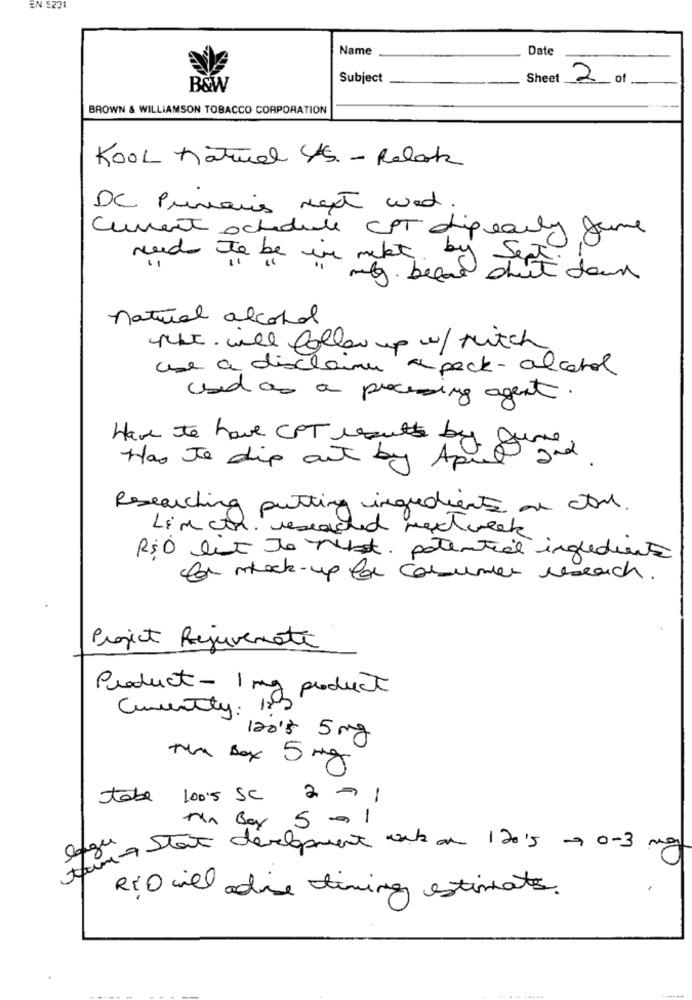
EN 5231
Name
Date
Subject
Sheet
2 of
B&W
BROWN & WILLIAMSON TOBACCO CORPORATION
Kool natural U.S. - Relak
DC Primaires napt wed.
Current schedule CPT dipearly fume
need to be in meket by Sent
mg. belas shut down
natural alcohol
what will follow up w/ ruitch
use a disclaimer a pack-alcarol
used as a processing agent.
Have to have CPT results by
Has To dip out by April 2nd
Researching putting ingredients an ctrl.
Lim chr. researched nextweek
RsO lit Jo Not. potential ingrediente
for mock-up for consumer research.
Project Rejuvenate
Product - 1 mg product
Currently: 189
1208 5 mg
the Box 5 mg
tabe 1005 Sc 2 >
1
An Box 5 - 1
from det development wat an 12015 - 0-3 mg
lange
RIO will die timing estimates.